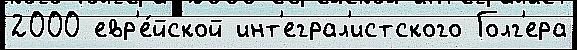
2000 евр'е́йской инт'еграл'истского Голг'ера